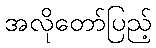
အလိုတော်ပြည့်